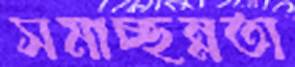
সমাচ্ছন্নতা